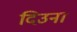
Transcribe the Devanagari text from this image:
दिउना